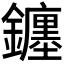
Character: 𨮻